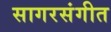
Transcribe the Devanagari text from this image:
सागरसंगीत